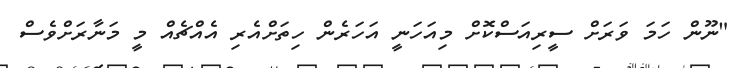
"ނޫން ހަމަ ވަރަށް ސީރިއަސްކޮށް މިއަހަނީ އަހަރެން ހިތަށްއެރި އެއްޗެއް މީ މަނާރަށްވެސް